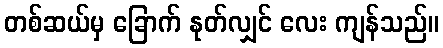
တစ်ဆယ်မှ ခြောက် နုတ်လျှင် လေး ကျန်သည်။